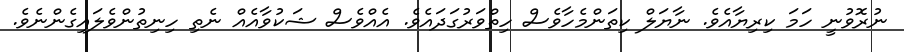
ނުރޮވުނީ ހަމަ ކިރިޔާއެވެ. ނާޔަލް ކިތަންމެހާވެސް ހިތްވަރުގަދައެވެ. އެއްވެސް ޝަކުވާއެއް ނެތި ހިނިތުންވެލައިގެންނެވެ.